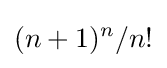
(n+1)^{n}/n!